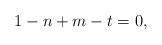
\begin{align*}1 - n + m - t = 0,\end{align*}